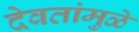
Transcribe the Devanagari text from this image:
देवतांमुळे